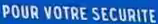
POUR VOTRE SECURITE